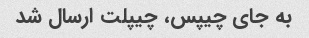
به جای چیپس، چیپلت ارسال شد